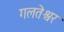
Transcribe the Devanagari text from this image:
गलतेश्वर